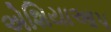
એશિયાઆપ